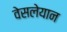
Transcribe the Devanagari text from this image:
वेसलेयान